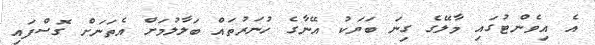
އެ އިވެންޓުގައި މާލޭގެ ގިނަ ބަޔަކު އޭނާގެ ހުނަރުތައް ބަލާލުމަށް އެތަނަށް ގޮސްފައި